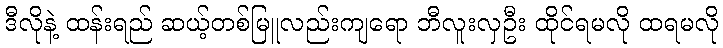
ဒီလိုနဲ့ ထန်းရည် ဆယ့်တစ်မြူလည်းကျရော ဘီလူးလှဦး ထိုင်ရမလို ထရမလို